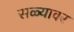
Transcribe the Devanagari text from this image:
सळ्यावर